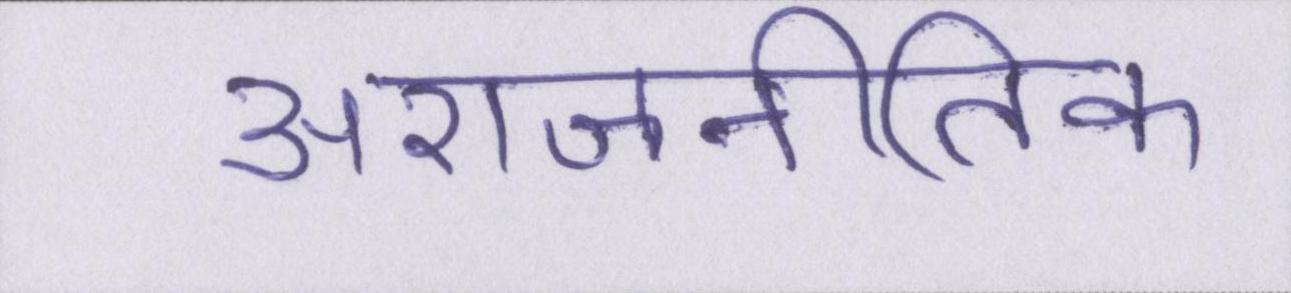
अराजनीतिक